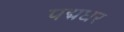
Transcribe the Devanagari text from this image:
पद्मधर